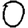
Digit: 0